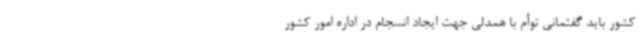
کشور باید گفتمانی توأم با همدلی جهت ایجاد انسجام در اداره امور کشور